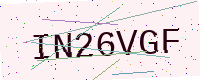
Text: IN26VGF